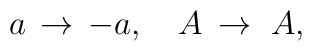
a \,  \rightarrow \, -a,~~~ A \, \rightarrow \, \, A,